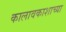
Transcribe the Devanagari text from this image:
कालावकाशाच्या